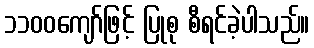
၁၁၀၀ကျော်ဖြင့် ပြုစု စီရင်ခဲ့ပါသည်။